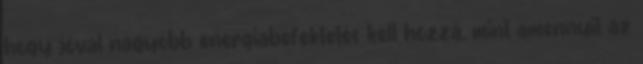
hogy jóval nagyobb energiabefektetés kell hozzá, mint amennyit az